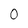
Character: 0